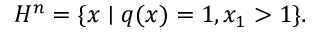
H ^ { n } = \{ x \mid q ( x ) = 1 , x _ { 1 } > 1 \} .